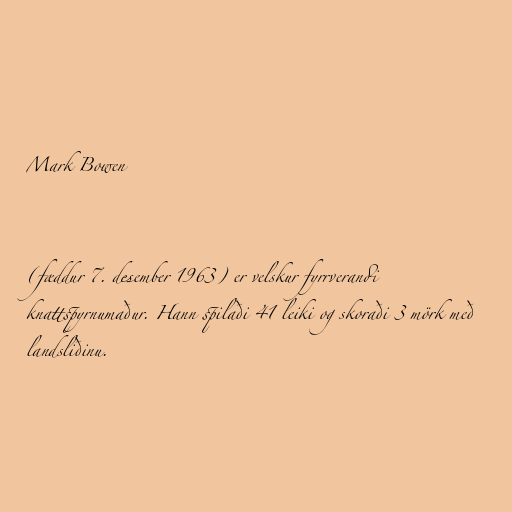
Mark Bowen

(fæddur 7. desember 1963) er velskur fyrrverandi
knattspyrnumaður. Hann spilaði 41 leiki og skoraði 3 mörk með
landsliðinu.